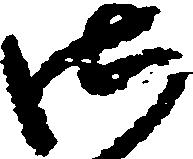
御